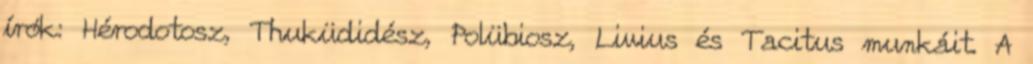
írók: Hérodotosz, Thuküdidész, Polübiosz, Livius és Tacitus munkáit. A